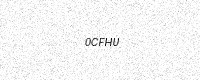
Text: 0CFHU